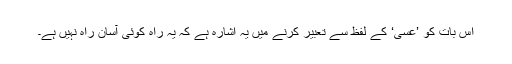
اس بات کو ’عَسٰی‘ کے لفظ سے تعبیر کرنے میں یہ اشارہ ہے کہ یہ راہ کوئی آسان راہ نہیں ہے۔